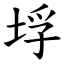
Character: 垺